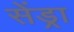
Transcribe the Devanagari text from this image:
सेंड्रा